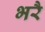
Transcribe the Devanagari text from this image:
भरै